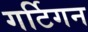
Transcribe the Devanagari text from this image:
गर्टिगन